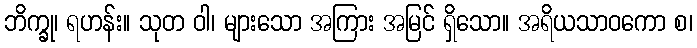
ဘိက္ခု၊ ရဟန်း။ သုတ ဝါ၊ များသော အကြား အမြင် ရှိသော။ အရိယသာဝကော စ၊